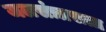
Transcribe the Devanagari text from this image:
जलसंत्रासता